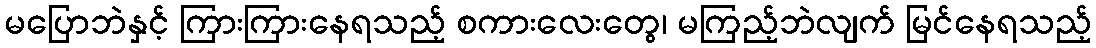
မပြောဘဲနှင့် ကြားကြားနေရသည့် စကားလေးတွေ၊ မကြည့်ဘဲလျက် မြင်နေရသည့်